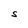
Character: S